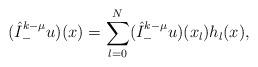
LaTeX: \begin{align*}(\hat I^{k-\mu}_-u)(x)=\sum_{l=0}^N (\hat I^{k-\mu}_-u)(x_l) h_l(x),\end{align*}